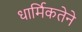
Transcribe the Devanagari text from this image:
धार्मिकतेने